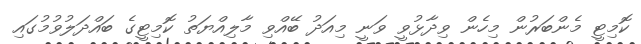
ކޮމިޓީ މެންބަރުން މިހެން ވިދާޅުވީ ވަނީ މިއަދު ބޭއްވި މާލިއްޔަތު ކޮމިޓީގެ ބައްދަލުވުމުގައި